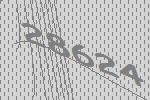
28624